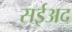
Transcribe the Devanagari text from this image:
सईअद